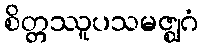
စိတ္တဿူပသမဇ္ဈဂံ